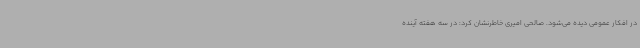
در افکار عمومی دیده می‌شود. صالحی امیری خاطرنشان کرد: در سه هفته آینده